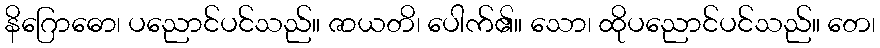
နိဂြောဓော၊ ပညောင်ပင်သည်။ ဇာယတိ၊ ပေါက်၏။ သော၊ ထိုပညောင်ပင်သည်။ တေ၊